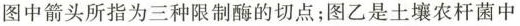
图中箭头所指为三种限制酶的切点；图乙是土壤农杆菌中